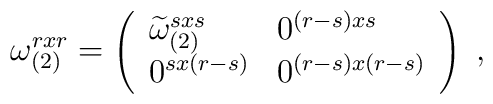
\omega _{(2)}^{rxr}=\left(\begin{array}{ll}\widetilde{\omega }_{(2)}^{sxs} & 0^{(r-s)xs} \\0^{sx(r-s)} & 0^{(r-s)x(r-s)}\end{array}\right) \;,